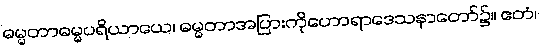
ဓမ္မတာဓမ္မပရိယာယေ၊ ဓမ္မတာအပြားကိုဟောရာဒေသနာတော်၌။ ဧတံ၊